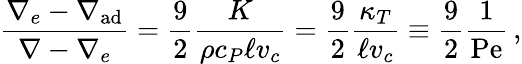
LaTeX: {\frac{\nabla_{e}-\nabla_{\mathrm{ad}}}{\nabla-\nabla_{e}}}={\frac{9}{2}}{\frac{K}{\rho c_{P}\ell v_{c}}}={\frac{9}{2}}{\frac{\kappa_{T}}{\ell v_{c}}}\equiv{\frac{9}{2}}{\frac{1}{\mathrm{Pe}}}\, ,